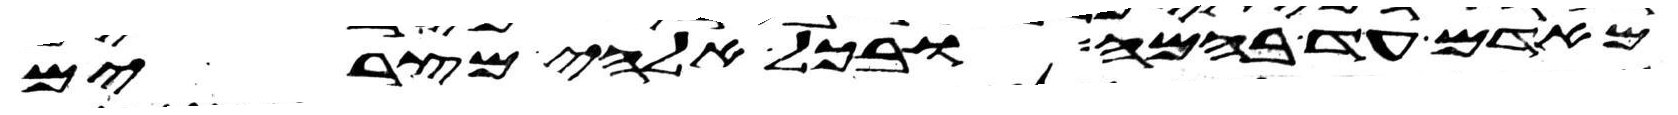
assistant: מאדם עד בהמה ובכל אלהי מצרים